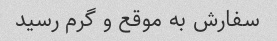
سفارش به موقع و گرم رسید